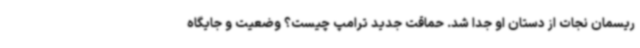
ریسمان نجات از دستان او جدا شد. حماقت جدید ترامپ چیست؟ وضعیت و جایگاه